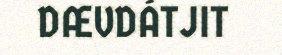
DÆVDÁTJIT